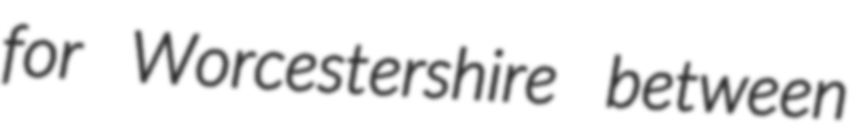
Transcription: for Worcestershire between